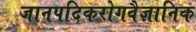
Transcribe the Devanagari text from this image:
जानपदिकरोगवैज्ञानिक